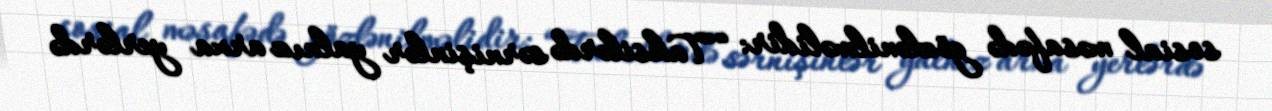
sosial məsafədə gözlənilməlidir: “Taksilərdə sərnişinlər yalnız arxa yerlərdə